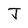
Character: J